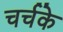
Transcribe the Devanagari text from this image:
चर्चके